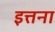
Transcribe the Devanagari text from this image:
इत्तना